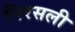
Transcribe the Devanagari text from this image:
निरसली